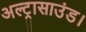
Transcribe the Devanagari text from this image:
अल्ट्रासाउंड।